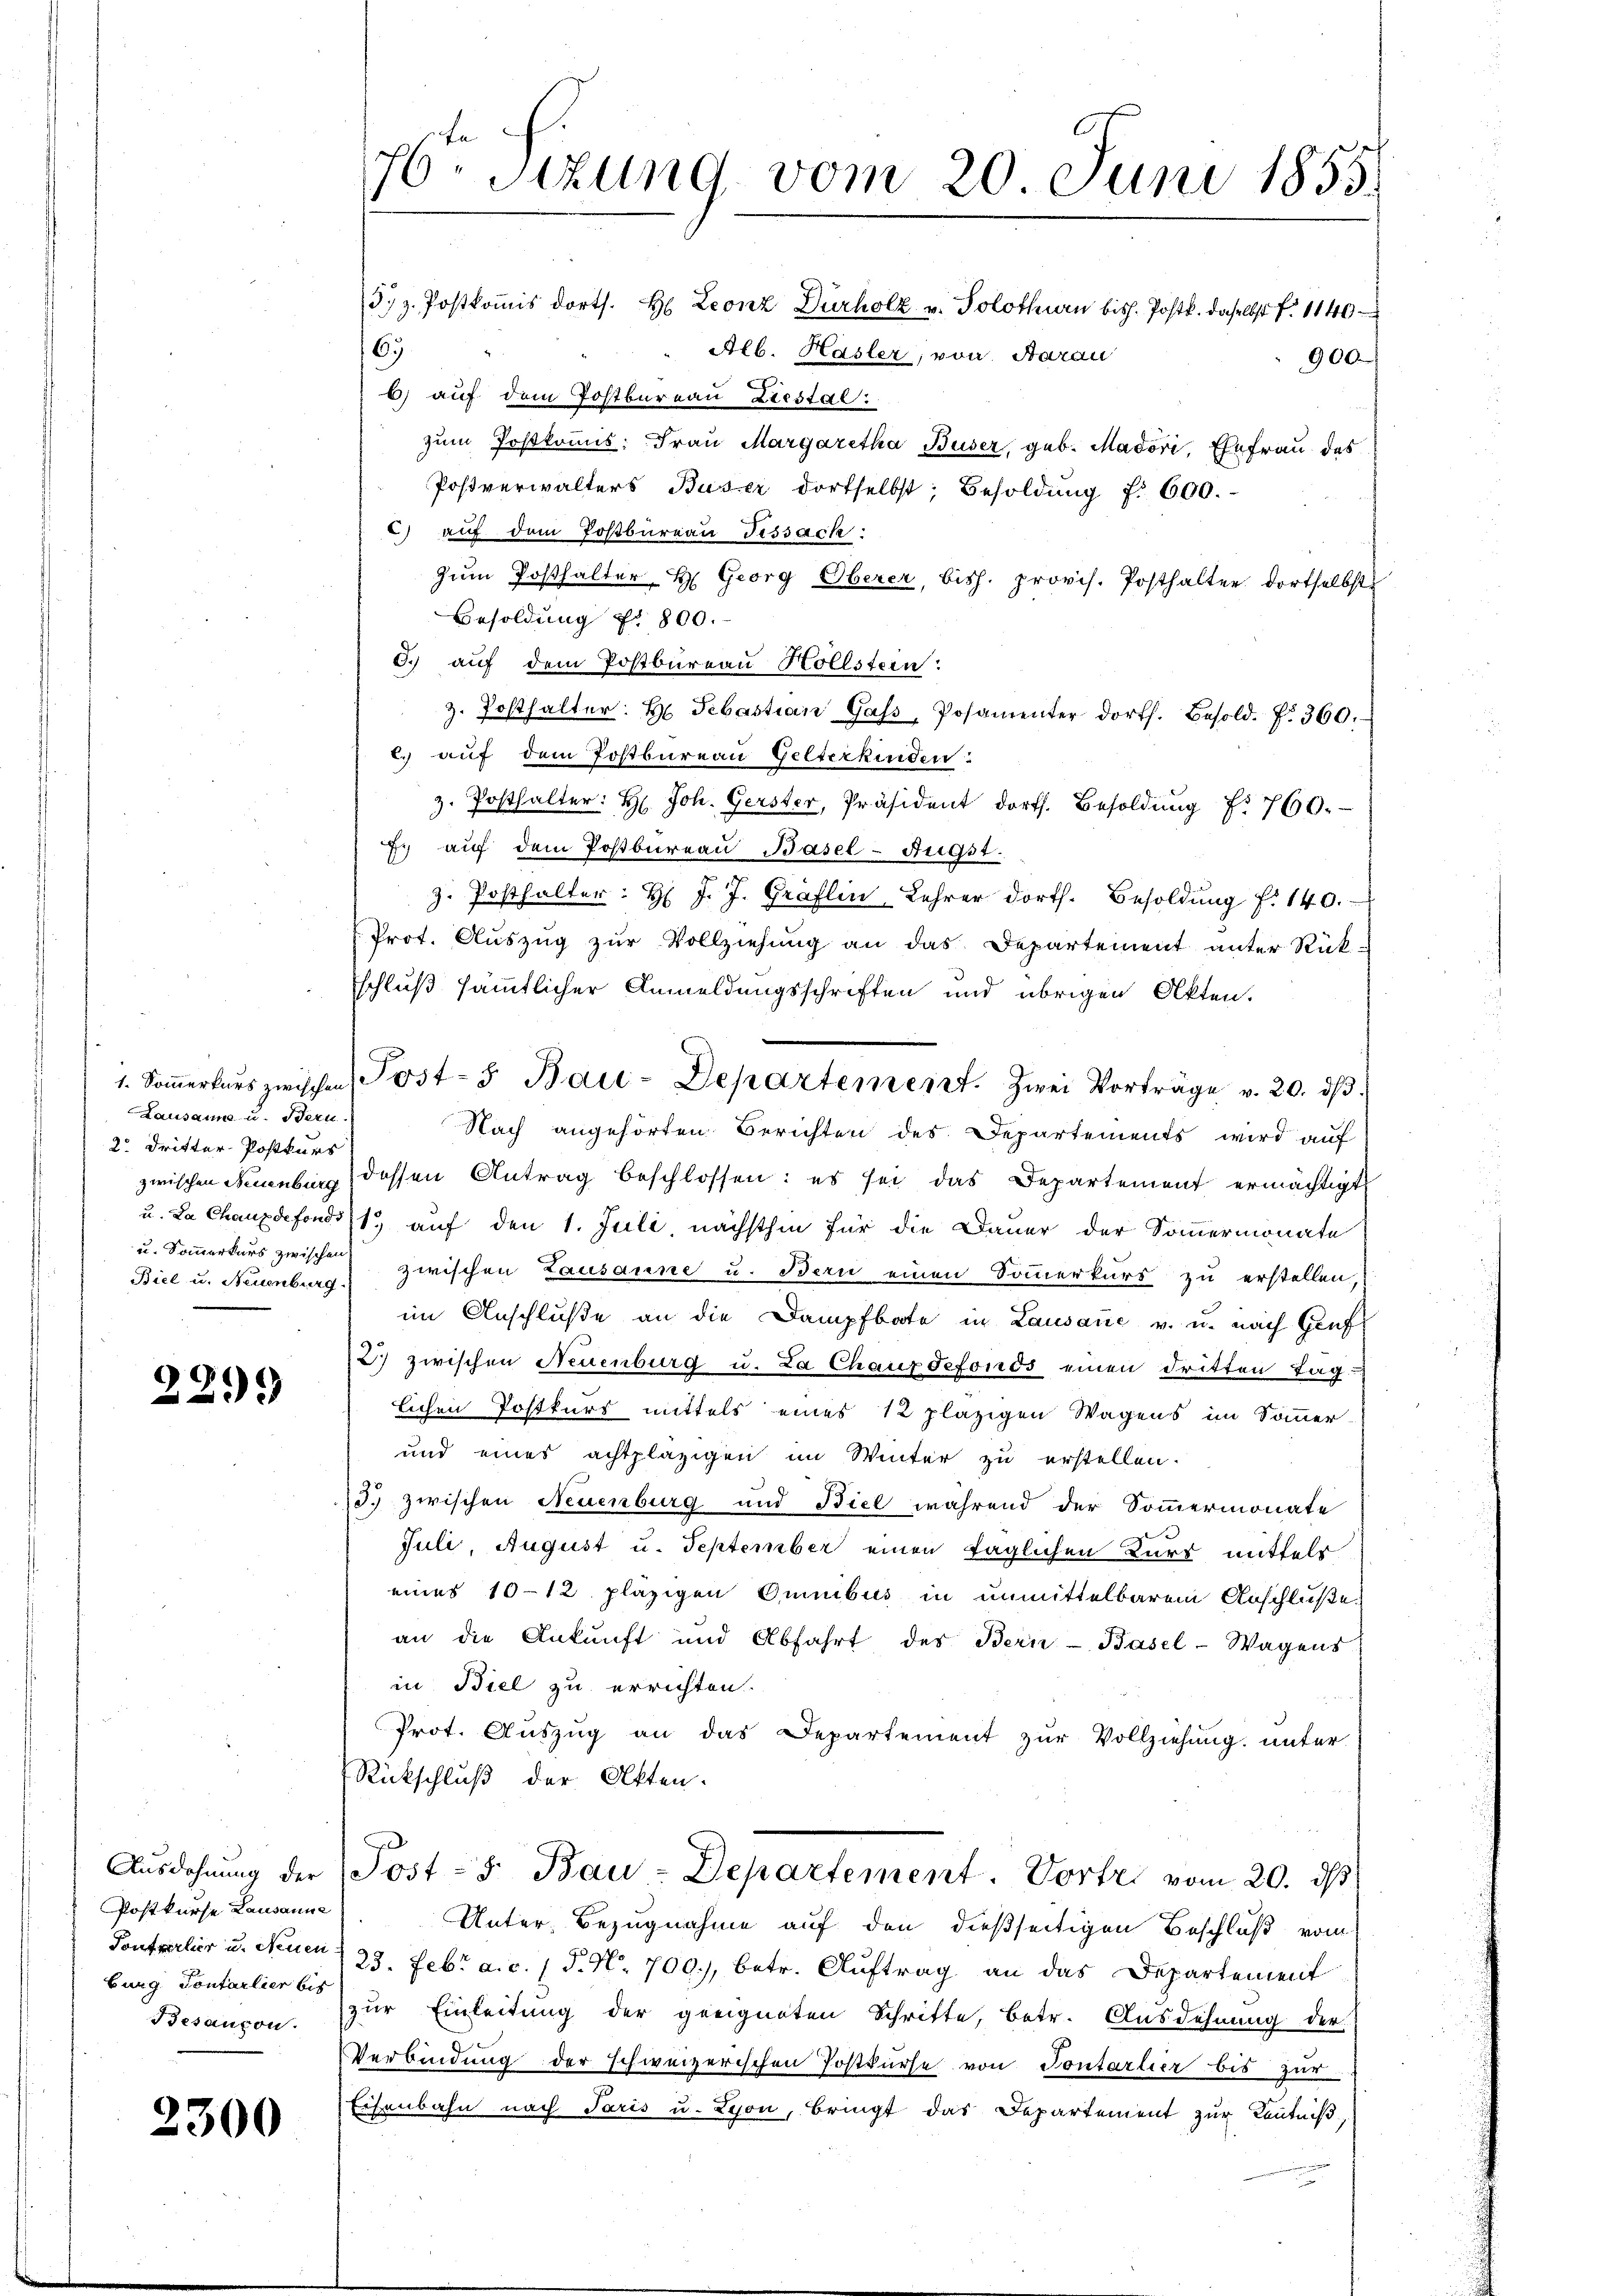
Lausanns- u. Bern.
2 Dritter-Postkurs
u. Sommerkurs zwischen
Biel u. Neuenburg.

2299

Postkurse Lausanne
Ponterlier u. Neuen
burg. Contarlier bis
Besançon

2300

76. Sitzung vom 20 Juni 1855.
373. Postkoṁis dorts. H. Leonz Dürholz u. Solothurn bish. Postk. daselbst f. 1140

67
Alb. Hasler, von Aarau
900.
b) auf dem Postbureau Liestal
zum Postkommis: Frau Margaretha Buser, geb. Madori, Ehefrau das
Postverwalters Buser dortselbst; Besoldŭng f. 600.
C) auf dem Postbureau Fissach:
zŭm Posthalter H. Georg Oberer, bish. provis. Posthalter dortselbst
Besoldung f. 800.
5. auf dem Postbureau Hollstein:
z. Posthalter.  Sebastian Gass, Posamenter dorts. Besold. fr. 360.
c. auf dem Postbureau Gelterkinden
z. Posthalter: H. Joh. Gerster, Präsident dorts. Besoldŭng f. 760.
f. auf dem Postbureau Basel-Augst.
z. Posthalter: H. J. J. Gräflin, Lehrer dorth. Besoldŭng f. 140.
Prot. Auszug zur Vollziehung an das Departement unter Rück-
schluß sämmtlicher Anmeldungsschriften und übrigen Akten.
Nach angehörten Berichten des Departements wird auf
zwischen Neuenburg dessen Antrag beschlossen: es sei das Departement ermächtigt
u. La Chaux fonds auf den 1. Juli, nächsthin für die Dauer der Sommermonate
zwischen Lausanne u. Bern einen Sommerkurs zu erstellen,
im Anschluße an die Dampfbate in Lausauć v. u. nach Genf
12.) zwischen Neuenburg u. La Chauxdefonds einen dritten Tag-
lichen Postkurs mittels eines 12 pläzigen Wagens im Sommer
und eines achtpläzigen im Winter zu erstellen.
13.) zwischen Neuenburg und Biel während der Sommermonate
Juli, August u. September einen täglichen Kurs mittels
eines 10-12 pläzigen Omnibus in unmittelbarem Anschluße
an die Ankunft und Abfahrt des Bern-Basel-Wagens
in Biel zu errichten.
Prot. Auszug an das Departement zur Vollziehung unter
Rückschluß der Akten.
Ausdehnung der Post - 5. Bau-Departement. Vortri vom 20. ds
Unter Bezugnahme auf den dießseitigen Beschluß vom
/23. Febr. a. c. (T. N. 709), betr. Auftrag an das Departement
zur Einleitung der geeigneten Schritte, betr. Ausdehnung der
Verbindung der schweizerischen Postkurse von Pontarlier bis zur
Eisenbahn nach Paris u. Lyon, Bringt das Departement zur Kenntniß

1. Soṁerkers zwischen Post- u Bau-Departement. Zwei Vorträge v. 20. dβ.